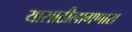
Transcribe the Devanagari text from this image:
यासाठीलागणारा